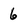
Character: 6